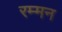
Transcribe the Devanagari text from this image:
रम्मन